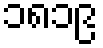
၁၈၁၉